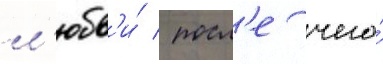
л'юбв'и́ / посл'е чего́